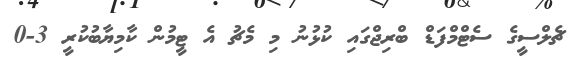
ޗެލްސީގެ ސެޓްމްފަޑް ބްރިޖްގައި ކުޅުނު މި މެޗު އެ ޓީމުން ކާމިޔާބުކުރީ 3-0